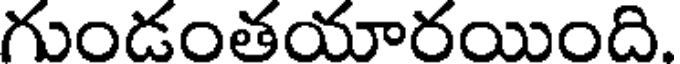
గుండంతయారయింది.